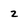
Character: 2